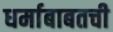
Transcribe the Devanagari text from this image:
धर्माबाबतची